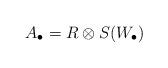
LaTeX: \begin{align*}A_{\bullet} =R \otimes S(W_{\bullet})\end{align*}